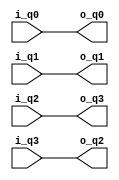
`timescale 1ns / 1ps
//////////////////////////////////////////////////////////////////////////////////
// Company: 
// Engineer: 
// 
// Design Name: 
// Module Name: CNOT
// Project Name: 
// Target Devices: 
// Tool Versions: 
// Description: 
// 
// Dependencies: 
// 
// Revision:
// Revision 0.01 - File Created
// Additional Comments:
// 
//////////////////////////////////////////////////////////////////////////////////


module CNOT(    
    input signed [31:0] i_q0,  
    input signed [31:0] i_q1,
    input signed [31:0] i_q2,  
    input signed [31:0] i_q3,
    output signed [31:0] o_q0,
    output signed [31:0] o_q1,    
    output signed [31:0] o_q2,
    output signed [31:0] o_q3
    );
    
    assign o_q0 = i_q0;
    assign o_q1 = i_q1;
    assign o_q2 = i_q3;
    assign o_q3 = i_q2;
    
endmodule